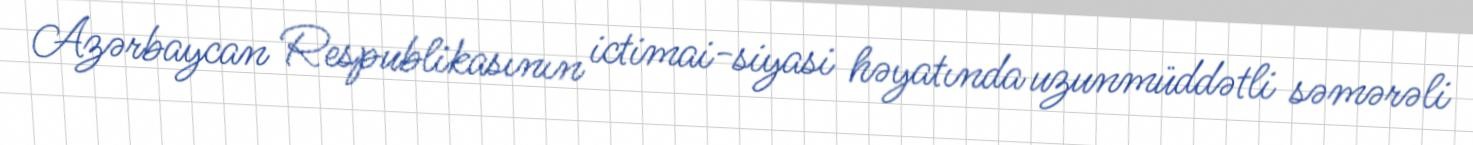
Azərbaycan Respublikasının ictimai-siyasi həyatında uzunmüddətli səmərəli